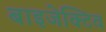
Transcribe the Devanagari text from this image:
बाइजेक्टिव